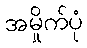
အမှိုက်ပုံ